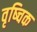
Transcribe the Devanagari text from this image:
वृष्चिक